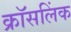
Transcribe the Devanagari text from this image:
क्रॉसलिंक